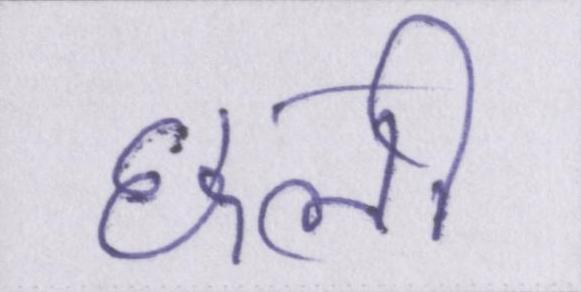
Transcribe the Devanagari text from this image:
छली